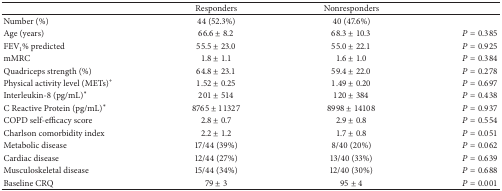
<table><thead><tr><td><b> </b></td><td><b>Responders </b></td><td><b>Nonresponders</b></td><td><b> </b></td></tr></thead><tbody><tr><td>Number (%)</td><td>44 (52.3%)</td><td>40 (47.6%)</td><td> </td></tr><tr><td>Age (years)</td><td>66.6 ± 8.2</td><td>68.3 ± 10.3</td><td><i>P</i> = 0.385</td></tr><tr><td>FEV<sub>1</sub>% predicted</td><td>55.5 ± 23.0</td><td>55.0 ± 22.1</td><td><i>P</i> = 0.925</td></tr><tr><td>mMRC</td><td>1.8 ± 1.1</td><td>1.6 ± 1.0</td><td><i>P</i> = 0.384</td></tr><tr><td>Quadriceps strength (%) </td><td>64.8 ± 23.1</td><td>59.4 ± 22.0</td><td><i>P</i> = 0.278</td></tr><tr><td>Physical activity level (METs)<sup>+</sup></td><td>1.52 ± 0.25</td><td>1.49 ± 0.20</td><td><i>P</i> = 0.697</td></tr><tr><td>Interleukin-8 (pg/mL)*</td><td>201 ± 514</td><td>120 ± 384</td><td><i>P</i> = 0.438</td></tr><tr><td>C Reactive Protein (pg/mL)*</td><td>8765 ± 11327</td><td>8998 ± 14108</td><td><i>P</i> = 0.937</td></tr><tr><td>COPD self-efficacy score </td><td>2.8 ± 0.7</td><td>2.9 ± 0.8</td><td><i>P</i> = 0.554</td></tr><tr><td>Charlson comorbidity index</td><td>2.2 ± 1.2</td><td>1.7 ± 0.8</td><td><i>P</i> = 0.051</td></tr><tr><td>Metabolic disease </td><td>17/44 (39%)</td><td>8/40 (20%)</td><td><i>P</i> = 0.062</td></tr><tr><td>Cardiac disease</td><td>12/44 (27%)</td><td>13/40 (33%)</td><td><i>P</i> = 0.639</td></tr><tr><td>Musculoskeletal disease</td><td>15/44 (34%)</td><td>12/40 (30%)</td><td><i>P</i> = 0.688</td></tr><tr><td>Baseline CRQ</td><td>79 ± 3</td><td>95 ± 4</td><td><i>P</i> = 0.001</td></tr></tbody></table>